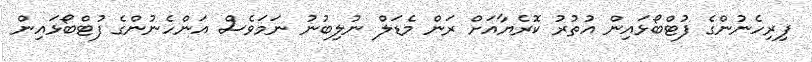
ފިރިހެނުންގެ ފުޓްބޯޅައިން އުތުރު ކޮރެޔާއަށް ރަން މެޑަލް ނުލިބުނު ނަމަވެސް އަންހެނުންގެ ފުޓްބޯޅައިން